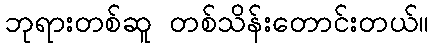
ဘုရားတစ်ဆူ တစ်သိန်းတောင်းတယ်။